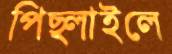
পিছ্‌লাইলে